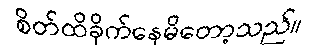
စိတ်ထိခိုက်နေမိတော့သည်။